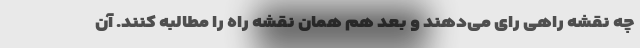
چه نقشه راهی رای می‌دهند و بعد هم همان نقشه راه را مطالبه کنند. آن